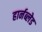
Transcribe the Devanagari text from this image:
हार्नब्लेड